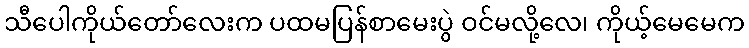
သီပေါကိုယ်တော်လေးက ပထမပြန်စာမေးပွဲ ဝင်မလို့လေ၊ ကိုယ့်မေမေက